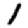
Digit: 1